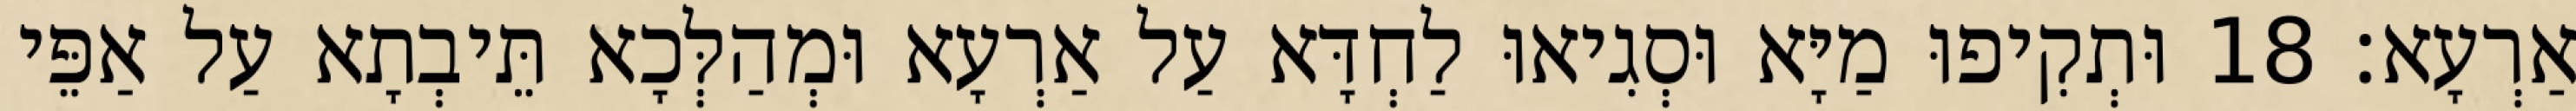
אַרְעָא׃ 18 וּתְקִיפוּ מַיָּא וּסְגִיאוּ לַחְדָּא עַל אַרְעָא וּמְהַלְּכָא תֵּיבְתָא עַל אַפֵּי